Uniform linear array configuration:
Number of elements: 48
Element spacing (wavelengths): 1
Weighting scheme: uniform
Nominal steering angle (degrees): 30
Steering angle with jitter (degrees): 29.847
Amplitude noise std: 0.05
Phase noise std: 0.05

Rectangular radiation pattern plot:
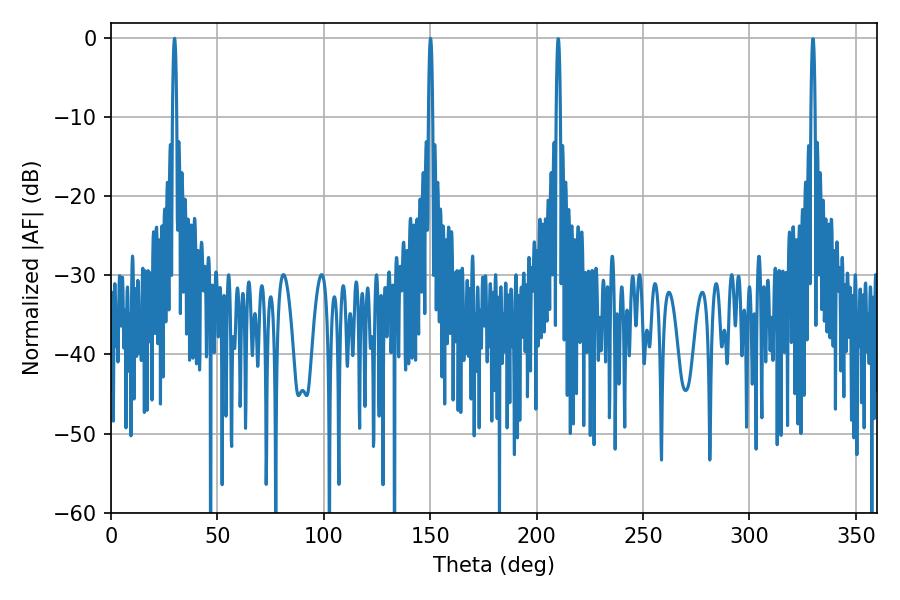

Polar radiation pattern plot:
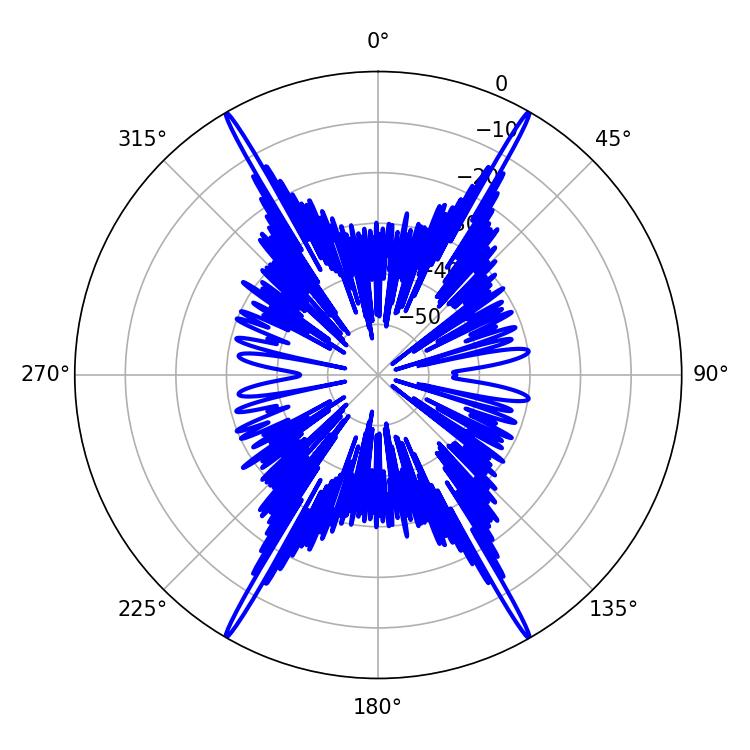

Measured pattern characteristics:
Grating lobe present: TRUE
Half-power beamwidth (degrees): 1.08
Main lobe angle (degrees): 29.88